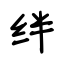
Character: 绊